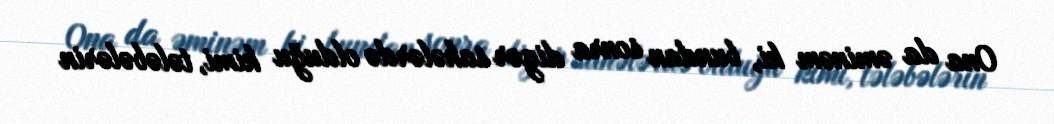
Ona da əminəm ki, bundan sonra digər sahələrdə olduğu kimi, tələbələrin